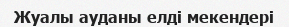
Жуалы ауданы елді мекендері